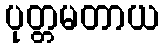
ပုတ္တမတာယ